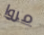
مروا